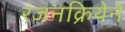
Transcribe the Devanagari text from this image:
रंजनक्रियेने